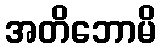
အတိဘောမိ